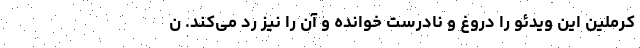
کرملین این ویدئو را دروغ و نادرست خوانده و آن را نیز رد می‌کند. ن